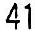
41